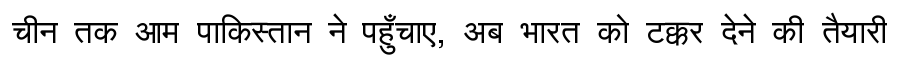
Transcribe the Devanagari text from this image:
चीन तक आम पाकिस्तान ने पहुँचाए, अब भारत को टक्कर देने की तैयारी